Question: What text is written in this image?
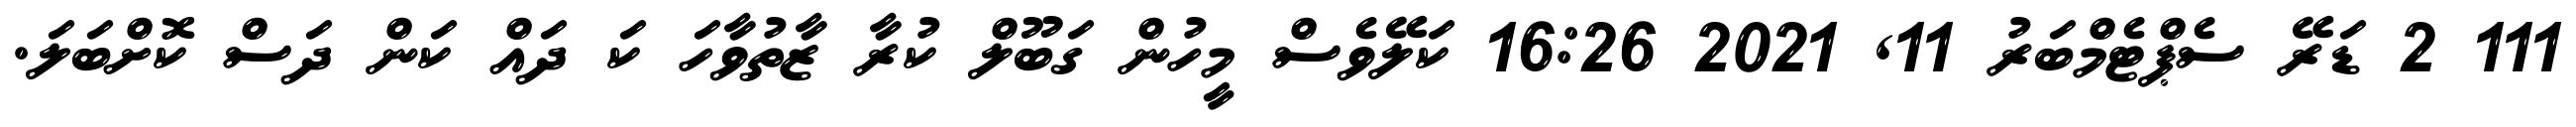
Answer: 111 2 ޑަރޭ ސެޕްޓެމްބަރު 11, 2021 16:26 ކަލޭވެސް މީހުން ގަބޫލް ކުރާ ޒާތުވާހަ ކަ ދައް ކަން ދަސް ކޮށްބަލަ.